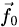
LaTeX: \scriptstyle{\vec{f}}_{0}